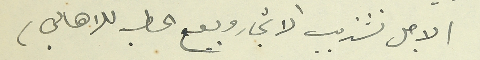
(لاجل تشذيب الاشجار وبيع الحطب للاهالي)